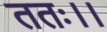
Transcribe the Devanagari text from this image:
ततः।।